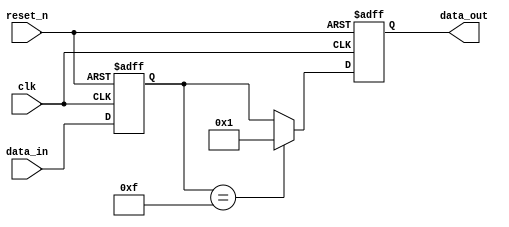
module negative_edge_example (
    input wire clk,        // Clock signal
    input wire reset_n,    // Active low reset signal
    input wire [3:0] data_in, // Input data
    output reg [3:0] data_out // Output data
);

// State variable to hold the current state
reg [3:0] state;

// Initial block to define the starting state
initial begin
    state = 4'b0000; // Initialize state
    data_out = 4'b0000; // Initialize output
end

// Always block sensitive to the negative edge of the clock
always @(negedge clk or negedge reset_n) begin
    if (!reset_n) begin
        // Asynchronous reset
        state <= 4'b0000; // Reset state to zero
        data_out <= 4'b0000; // Reset output to zero
    end else begin
        // Update state based on input data
        state <= data_in; // Update state with input data
        // Conditional logic to generate output
        if (state == 4'b1111) begin
            data_out <= 4'b0001; // Set output to 1 if state is all ones
        end else begin
            data_out <= state; // Otherwise, output the current state
        end
    end
end

endmodule